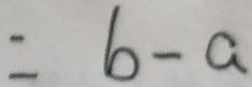
= b - a